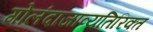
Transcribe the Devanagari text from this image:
गोलंदाजाव्यतिरिक्त